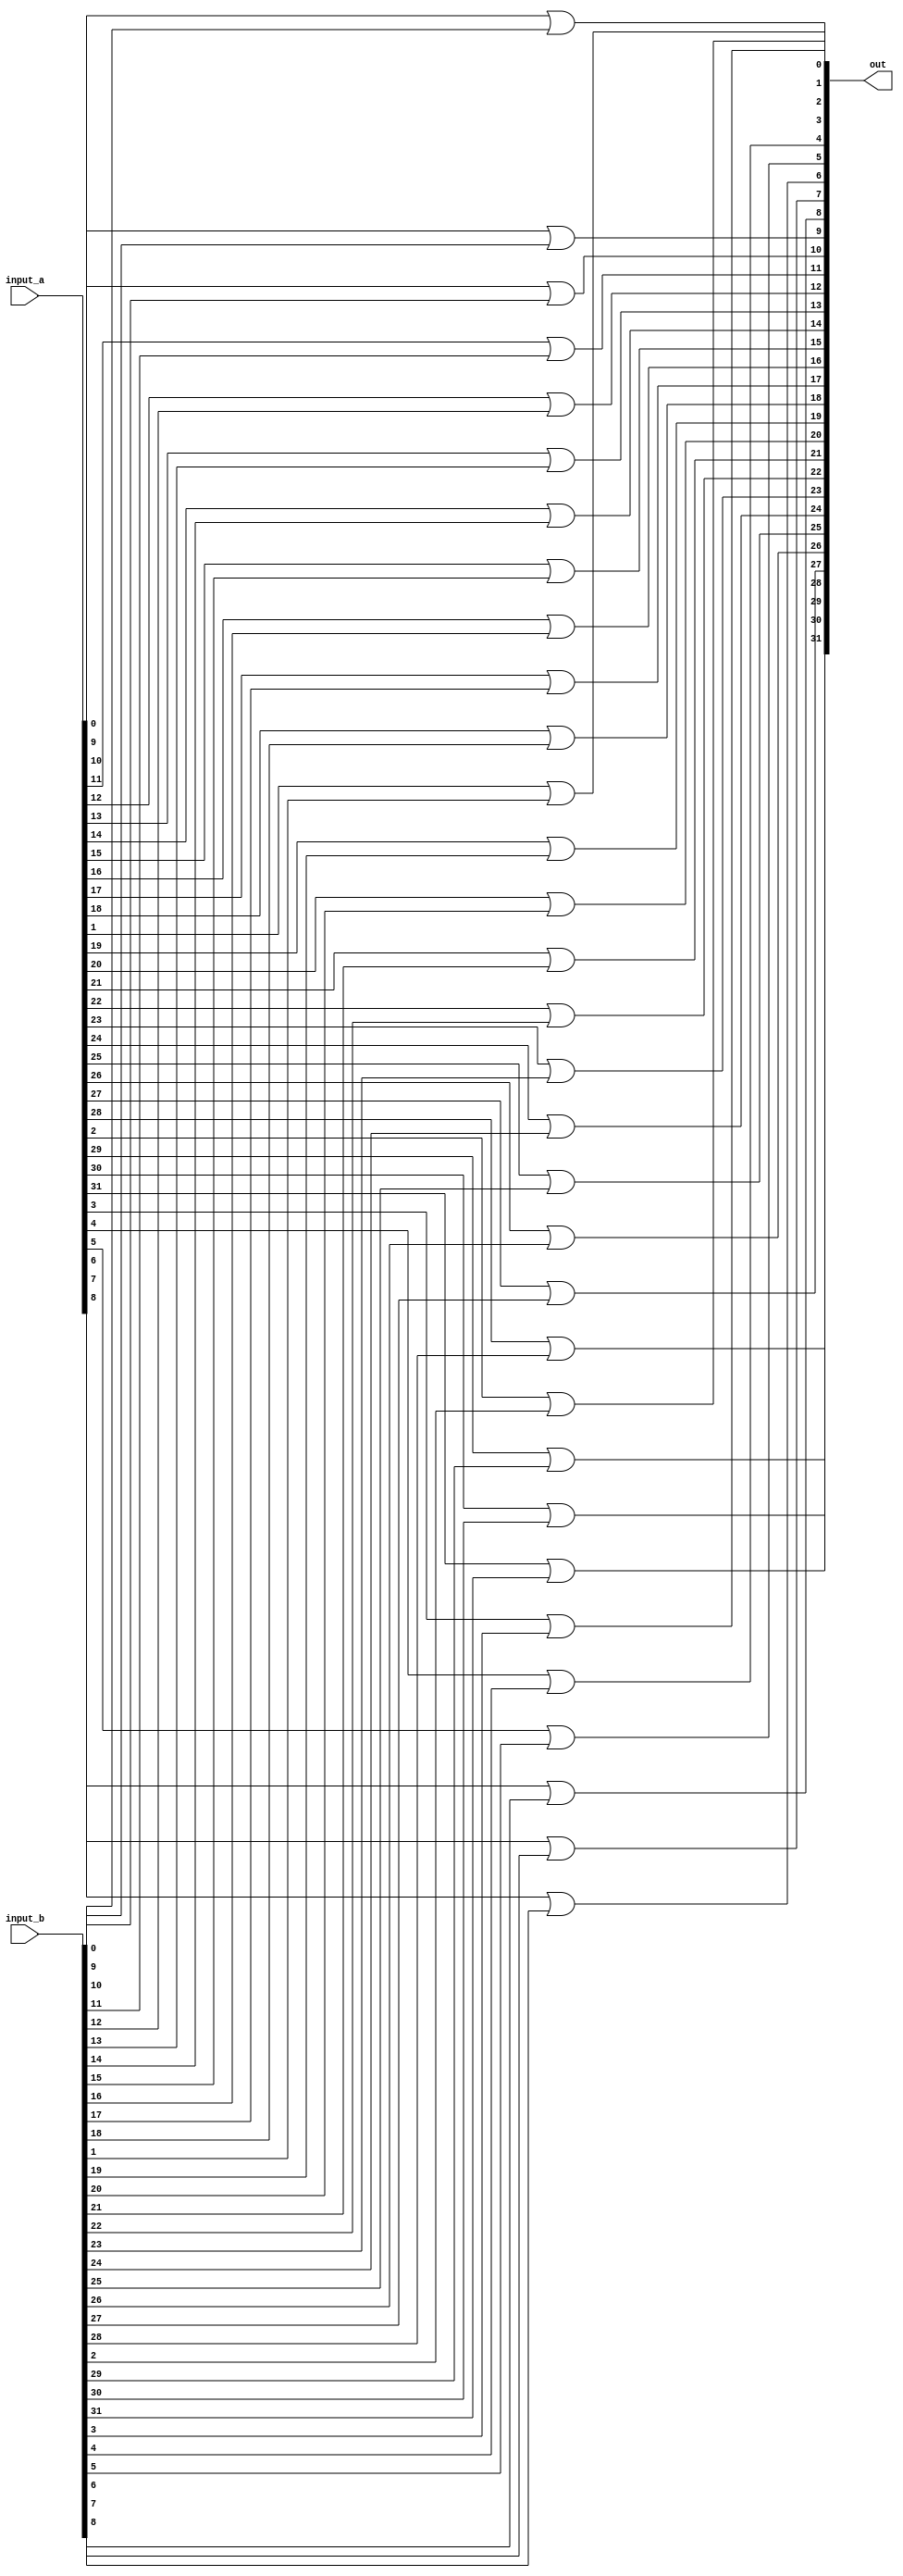
module bitwise_or(input_a, input_b, out);
    /* Port Declarations */
    input [31:0] input_a, input_b;
    output [31:0] out; 
    /* Bitwise Or Logic */
    genvar bitIndex; 
    generate
        // The loop iterates over each bit index and determines appropriate output value
        for(bitIndex = 0; bitIndex < 32; bitIndex = bitIndex + 1) begin: outputAssignment
            or outputBit(out[bitIndex], input_a[bitIndex], input_b[bitIndex]);
        end
    endgenerate
endmodule